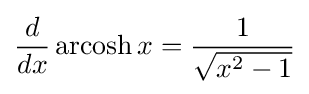
{\frac {d}{dx}}\operatorname {arcosh} x={\frac {1}{\sqrt {x^{2}-1}}}